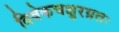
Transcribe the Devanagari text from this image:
विवेकचक्षुरग्रतः